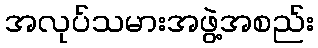
အလုပ်သမားအဖွဲ့အစည်း